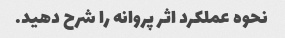
نحوه عملکرد اثر پروانه را شرح دهید.